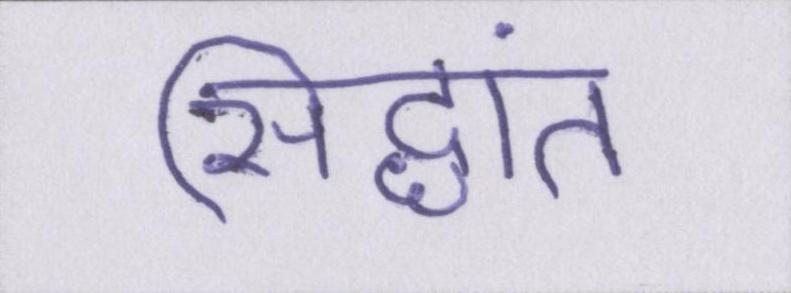
सिद्धांत